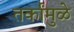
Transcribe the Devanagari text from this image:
तर्कांमुळे